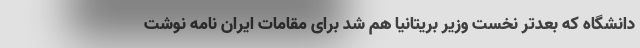
دانشگاه که بعدتر نخست وزیر بریتانیا هم شد برای مقامات ایران نامه نوشت